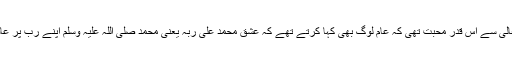
آپؐ کو اللہ تعالیٰ سے اس قدر محبت تھی کہ عام لوگ بھی کہا کرتے تھے کہ عَشِقَ مُحَمَّدٌ عَلٰی رَبِّہ یعنی محمد صلی اللہ علیہ وسلم اپنے رب پر عاشق ہو گیا ‘‘۔